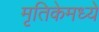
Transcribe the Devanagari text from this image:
मृतिकेमध्ये